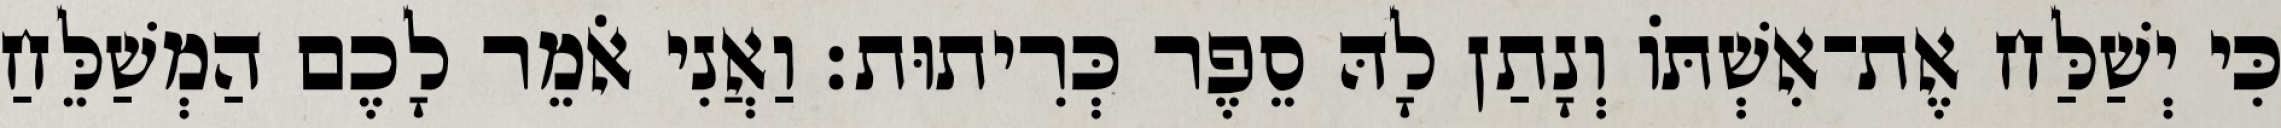
כִּי יְשַׁלַּח אֶת־אִשְׁתּוֹ וְנָתַן לָהּ סֵפֶר כְּרִיתוּת׃ וַאֲנִי אֹמֵר לָכֶם הַמְשַׁלֵּחַ